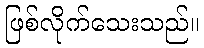
ဖြစ်လိုက်သေးသည်။